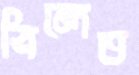
বিলেত